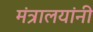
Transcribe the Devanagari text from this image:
मंत्रालयांनी